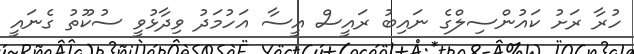
ހުރާ ރަށު ކައުންސިލްގެ ނައިބު ރައީސް އީސާ އަހުމަދު ވިދާޅުވީ ސުކޫތު ގެނައީ